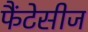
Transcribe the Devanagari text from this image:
फैंटेसीज